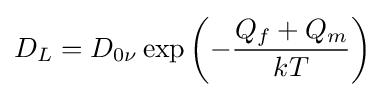
D_{L}=D_{0\nu }\exp \left(-{\frac {Q_{f}+Q_{m}}{kT}}\right)